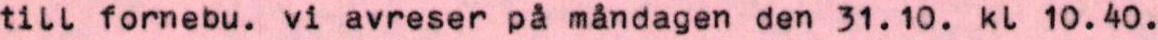
till fornebu. vi avreser på måndagen den 31.10. kl 10.40.